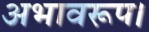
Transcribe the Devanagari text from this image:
अभावरूप।